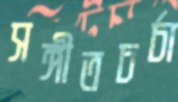
সঙ্গীতচর্চা